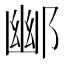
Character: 𮠀